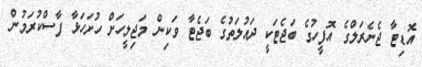
އޮޑިޓާ ޖެނެރަލްގެ އޮފީހުގެ ބަޖެޓަކީ ދައުލަތުގެ ބަޖެޓާ ވަކިން މަޖިލީހަށް ހުށަހަޅާ ފާސްކުރަމުން